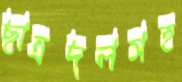
ছাত্রদলসহ